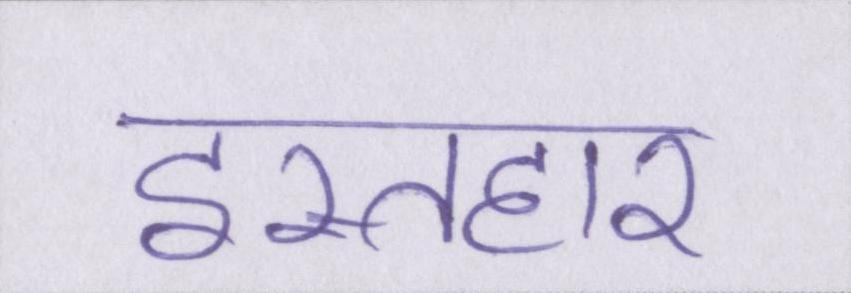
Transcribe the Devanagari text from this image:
इस्तहार